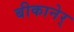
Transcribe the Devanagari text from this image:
बीकानेर्